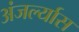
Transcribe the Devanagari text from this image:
अंजर्ल्यास